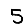
Digit: 5